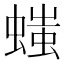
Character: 𧏬